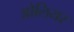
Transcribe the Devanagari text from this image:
ओलियर